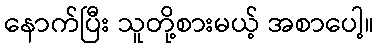
နောက်ပြီး သူတို့စားမယ့် အစာပေါ့။